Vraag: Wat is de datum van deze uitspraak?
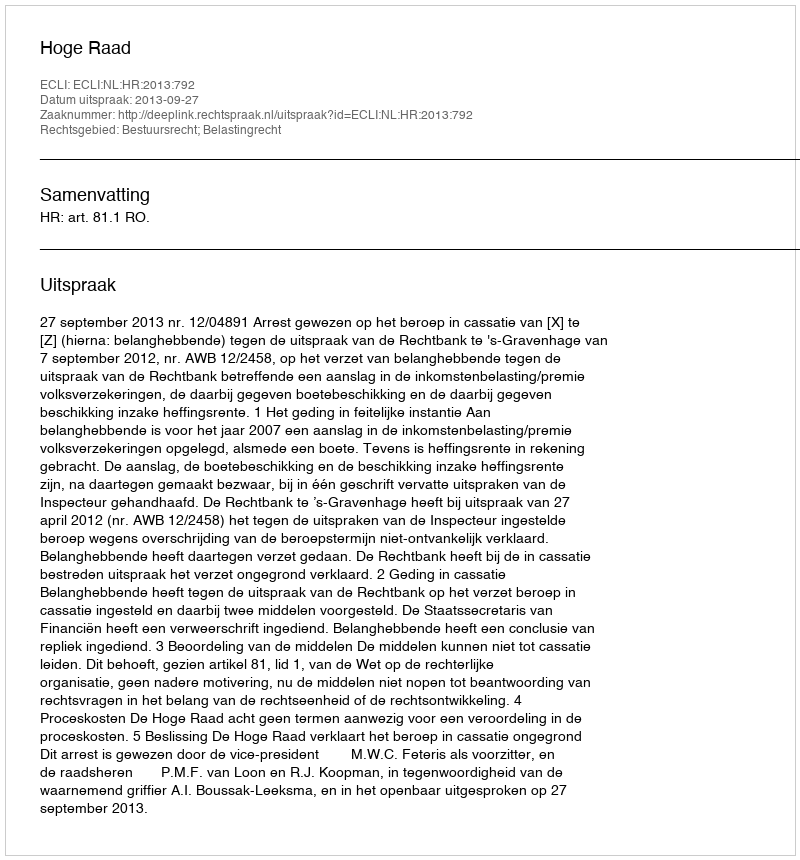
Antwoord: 2013-09-27